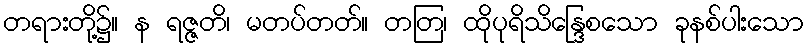
တရားတို့၌။ န ရဇ္ဇတိ၊ မတပ်တတ်။ တတြ၊ ထိုပုရိသိန္ဒြေစသော ခုနစ်ပါးသော